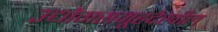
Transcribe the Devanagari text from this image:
उद्योगसमूहदेखील